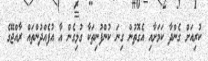
ކުރިއަށް ގެންދާ ކަމަށާއި އެގޮތުން ގިނަ ކުންފުނިތަކާ ގުޅިގެން އާ އުފެއްދުންތައް ރާއްޖޭގެ